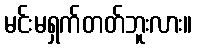
မင်းမရှက်တတ်ဘူးလား။